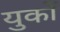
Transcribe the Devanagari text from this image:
युकों